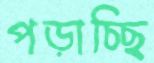
পড়াচ্ছি